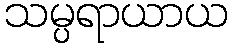
သမ္ပရာယာယ